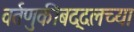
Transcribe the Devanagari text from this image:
वर्तणुकीबद्दलच्या